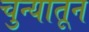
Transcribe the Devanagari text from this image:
चुन्यातून